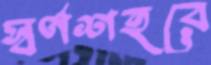
স্বর্ণশহরে